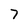
Character: 7